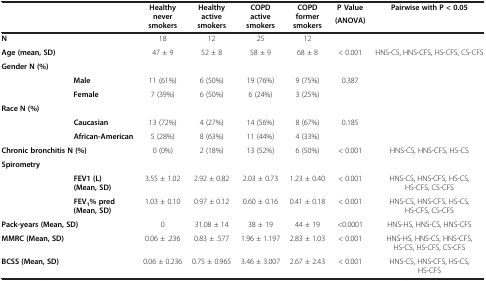
<table><thead><tr><td rowspan="2"><b> </b></td><td rowspan="2"><b> </b></td><td rowspan="2"><b>Healthy never smokers</b></td><td rowspan="2"><b>Healthy active smokers</b></td><td rowspan="2"><b>COPD active smokers</b></td><td rowspan="2"><b>COPD former smokers</b></td><td><b>P Value</b></td><td rowspan="2"><b>Pairwise with P &lt; 0.05</b></td></tr><tr><td><b>(ANOVA)</b></td></tr></thead><tbody><tr><td><b>N</b></td><td> </td><td>18</td><td>12</td><td>25</td><td>12</td><td> </td><td> </td></tr><tr><td><b>Age (mean, SD)</b></td><td> </td><td>47 ± 9</td><td>52 ± 8</td><td>58 ± 9</td><td>68 ± 8</td><td>&lt; 0.001</td><td>HNS-CS, HNS-CFS, HS-CFS, CS-CFS</td></tr><tr><td><b>Gender N (%)</b></td><td> </td><td> </td><td> </td><td> </td><td> </td><td> </td><td> </td></tr><tr><td> </td><td><b>Male</b></td><td>11 (61%)</td><td>6 (50%)</td><td>19 (76%)</td><td>9 (75%)</td><td>0.387</td><td> </td></tr><tr><td> </td><td><b>Female</b></td><td>7 (39%)</td><td>6 (50%)</td><td>6 (24%)</td><td>3 (25%)</td><td> </td><td> </td></tr><tr><td><b>Race N (%)</b></td><td> </td><td> </td><td> </td><td> </td><td> </td><td> </td><td> </td></tr><tr><td> </td><td><b>Caucasian</b></td><td>13 (72%)</td><td>4 (27%)</td><td>14 (56%)</td><td>8 (67%)</td><td>0.185</td><td> </td></tr><tr><td> </td><td><b>African-American</b></td><td>5 (28%)</td><td>8 (63%)</td><td>11 (44%)</td><td>4 (33%)</td><td> </td><td> </td></tr><tr><td colspan="2"><b>Chronic bronchitis N (%)</b></td><td>0 (0%)</td><td>2 (18%)</td><td>13 (52%)</td><td>6 (50%)</td><td>&lt; 0.001</td><td>HNS-CS, HNS-CFS, HS-CS</td></tr><tr><td><b>Spirometry</b></td><td> </td><td> </td><td> </td><td> </td><td> </td><td> </td><td> </td></tr><tr><td> </td><td><b>FEV1 (L) (Mean, SD)</b></td><td>3.55 ± 1.02</td><td>2.92 ± 0.82</td><td>2.03 ± 0.73</td><td>1.23 ± 0.40</td><td>&lt; 0.001</td><td>HNS-CS, HNS-CFS, HS-CS, HS-CFS, CS-CFS</td></tr><tr><td> </td><td><b>FEV</b><sub><b>1</b></sub><b>% pred (Mean, SD)</b></td><td>1.03 ± 0.10</td><td>0.97 ± 0.12</td><td>0.60 ± 0.16</td><td>0.41 ± 0.18</td><td>&lt; 0.001</td><td>HNS-CS, HNS-CFS, HS-CS, HS-CFS, CS-CFS</td></tr><tr><td colspan="2"><b>Pack-years (Mean, SD)</b></td><td>0</td><td>31.08 ± 14</td><td>38 ± 19</td><td>44 ± 19</td><td>&lt;0.0001</td><td>HNS-HS, HNS-CS, HNS-CFS</td></tr><tr><td><b>MMRC (Mean, SD)</b></td><td> </td><td>0.06 ± .236</td><td>0.83 ± .577</td><td>1.96 ± 1.197</td><td>2.83 ± 1.03</td><td>&lt; 0.001</td><td>HNS-HS, HNS-CS, HNS-CFS, HS-CS, HS-CFS, CS-CFS</td></tr><tr><td><b>BCSS (Mean, SD)</b></td><td> </td><td>0.06 ± 0.236</td><td>0.75 ± 0.965</td><td>3.46 ± 3.007</td><td>2.67 ± 2.43</td><td>&lt; 0.001</td><td>HNS-CS, HNS-CFS, HS-CS, HS-CFS</td></tr></tbody></table>